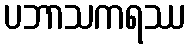
ပဘာသကရဿ